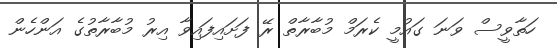
ހަތާވީސް ވަނަ ގައުމީ ކެރަމް މުބާރާތް ރޭ ފަށައިފައިވާ އިރު މުބާރާތުގެ އަންހެން